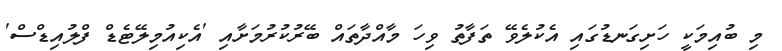
މި ބުއިމަކީ ހަށިގަނޑުގައި އެކުލެވޭ ތަފާތު ވިހަ މާއްދާތައް ބޭރުކުރުމަށާއި 'އެކިއުމިލޭޓެޑް ފްލުއިޑްސް'